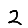
Digit: 2